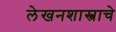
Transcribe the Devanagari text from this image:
लेखनशास्त्राचे